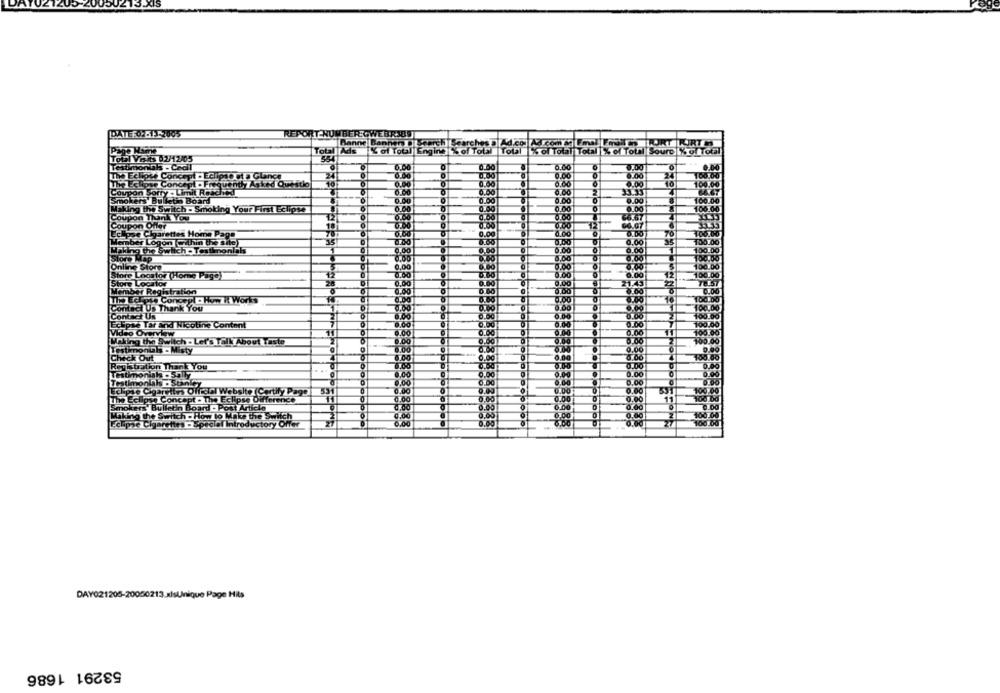
REPORT NOM
JEmin FORT R
TOLIA
of Total Sourd %
554
estin
The Ee
se Concept · Eclipse at a Glance
The
e Concept . Freque
Loquenty Asked Questio
Cou
on Sorty - Limit Reached
Smok
ers' Bulletin Board
king the Switch - Smoking Your First Eclipse
Coupon Thank You
12
Coupon Offer
18
Lollose Cigarettes Home Page
ember Logon Within the site)
55
Making the Switch . Testimon
Online Store
Store Locator (Home Page)
12
Store Foortor
0.DO
Member Registration
0.00
0.00
100.Dg
The Eclpis Concept . How It Works
ntact Us Thank You
0.00
100,00
Contact Us
Eclipse Tar and Nicotine Content
0.00
100
Making the Switc
Video OverVE MY
6.00
Switch - Let's Talk About Taste
Testimonials - Misty
5.00
Check Out
ustation Thank You
Hbimonials . Solly
0.00
0.00
Testimonials .S.5
Eclipse Cigarriins Offdel Website Certify Pago
Eclipse Conce
oncept . The Eclipse Difference
Smokers' Bulletin Board - Post Article
0.00
Making the Switch . How to Make the Switch
0.00
aret
100.00
pecial Introductory Offer
DAY021205-20050213.xlsUnique Page Hits
53291 1686